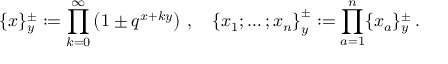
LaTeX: \{ x \} _ { y } ^ { \pm } : = \prod _ { k = 0 } ^ { \infty } \left( 1 \pm q ^ { x + k y } \right) \, , \quad \left\{ x _ { 1 } ; \ldots ; x _ { n } \right\} _ { y } ^ { \pm } : = \prod _ { a = 1 } ^ { n } \{ x _ { a } \} _ { y } ^ { \pm } \, .